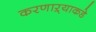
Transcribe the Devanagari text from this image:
करणाऱ्याकडे